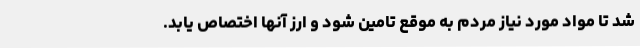
شد تا مواد مورد نیاز مردم به موقع تامین شود و ارز آنها اختصاص یابد.